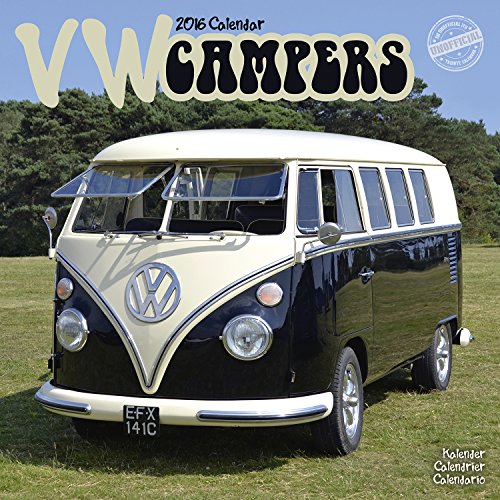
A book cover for VW Campers Calendar- 2016 Wall calendars - Car Calendar - Automobile Calendar - Monthly Wall Calendar by Avonside; MegaCalendars; Calendars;